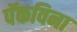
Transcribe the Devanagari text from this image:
पॅकविना